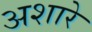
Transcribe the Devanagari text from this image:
अशारे